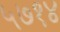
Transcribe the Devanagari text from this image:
५७१४